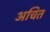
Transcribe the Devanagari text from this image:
अचित